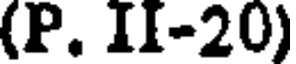
(P. II-20)